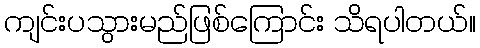
ကျင်းပသွားမည်ဖြစ်ကြောင်း သိရပါတယ်။